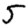
Digit: 5